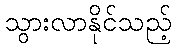
သွားလာနိုင်သည့်